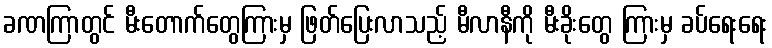
ခဏကြာတွင် မီးတောက်တွေကြားမှ ဖြတ်ပြေးလာသည့် မီလာနီကို မီးခိုးတွေ ကြားမှ ခပ်ရေးရေး